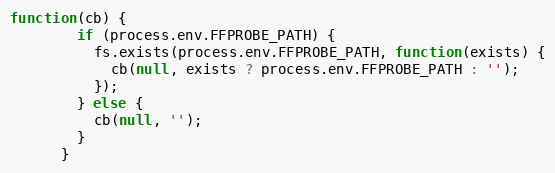
Language: JavaScript
function(cb) {
        if (process.env.FFPROBE_PATH) {
          fs.exists(process.env.FFPROBE_PATH, function(exists) {
            cb(null, exists ? process.env.FFPROBE_PATH : '');
          });
        } else {
          cb(null, '');
        }
      }